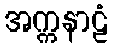
အက္ကနာဠံ